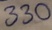
Text: 330